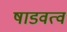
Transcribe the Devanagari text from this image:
षाडवत्व